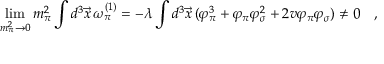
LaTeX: \operatorname * { l i m } _ { m _ { \pi } ^ { 2 } \rightarrow 0 } m _ { \pi } ^ { 2 } \int d ^ { 3 } \vec { x } \, \omega _ { \pi } ^ { ( 1 ) } = - \lambda \int d ^ { 3 } \vec { x } \, ( \varphi _ { \pi } ^ { 3 } + \varphi _ { \pi } \varphi _ { \sigma } ^ { 2 } + 2 v \varphi _ { \pi } \varphi _ { \sigma } ) \ne 0 \quad ,